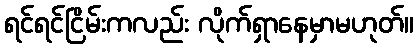
ရင်ရင်ငြိမ်းကလည်း လိုက်ရှာနေမှာမဟုတ်။